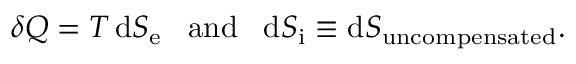
\delta Q = T \, \mathrm { d } S _ { \mathrm { e } } \, \, \, \, \, { \mathrm { a n d } } \, \, \, \, \, \mathrm { d } S _ { \mathrm { i } } \equiv \mathrm { d } S _ { \mathrm { u n c o m p e n s a t e d } } .